Leaving Certificate Examination, 1904
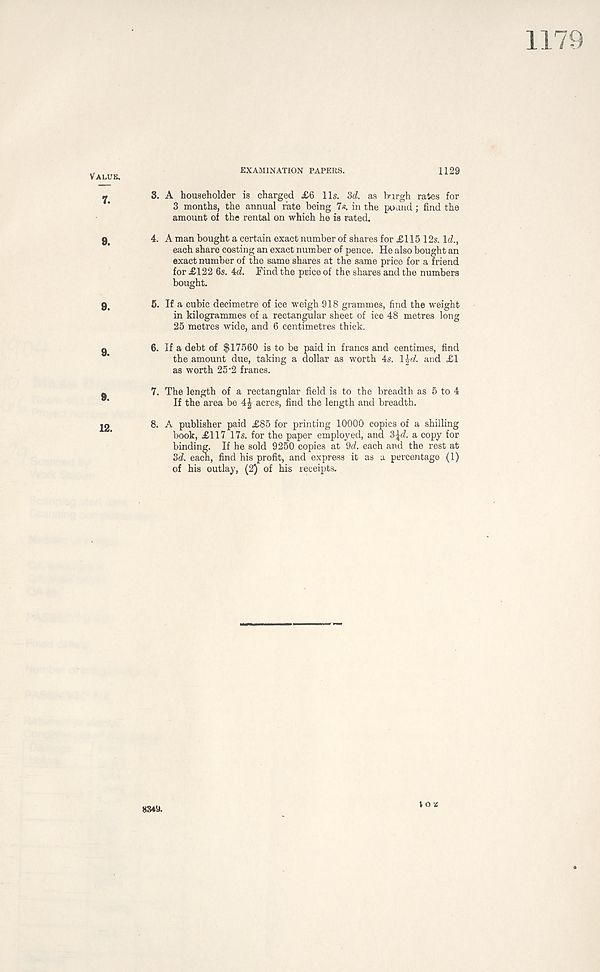
Value.
7.
9.
9.
9.
9.
12.
EXAMINATION PAPERS.
1129
3. A householder is charged £6 11s. M. as burgh rates for
3 months, the annual rate being 7«. in the pound; find the
amount of the rental on which he is rated.
4. A man bought a certain exact number of shares for £115 12s. Id.,
each share costing an exact number of pence. He also bought an
exact number of the same shares at the same price for a friend
for £122 6s. 4d. Find the price of the shares and the numbers
bought.
5. If a cubic decimetre of ice weigh 918 grammes, find the weight
in kilogrammes of a rectangular sheet of ice 48 metres long
25 metres wide, and 6 centimetres thick.
6. If a debt of $17560 is to be paid in francs and centimes, find
the amount due, taking a dollar as worth 4s. \\d. and £1
as worth 25‘2 francs.
7. The length of a rectangular field is to the breadth as 5 to 4
If the area be 4| acres, find the length and breadth.
8. A publisher paid £85 for printing 10000 copies of a shilling
book, £117 17s. for the paper employed, and 3^d. a copy for
binding. If he sold 9250 copies at 9d. each and the rest at
3d. each, find his profit, and express it as a percentage (1)
of his outlay, (2) of his receipts.
8349.
V o vs